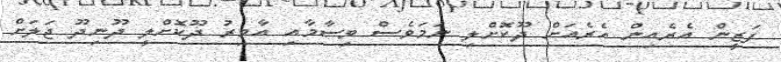
ފަޒީން އެރެއިން އެރެއަށް ދޫކޮށްލި ނަމަވެސް ވިސާމާއި އާމިރު ދޫކޮށްލީ ދޫނިދޫ ޖަލަށް